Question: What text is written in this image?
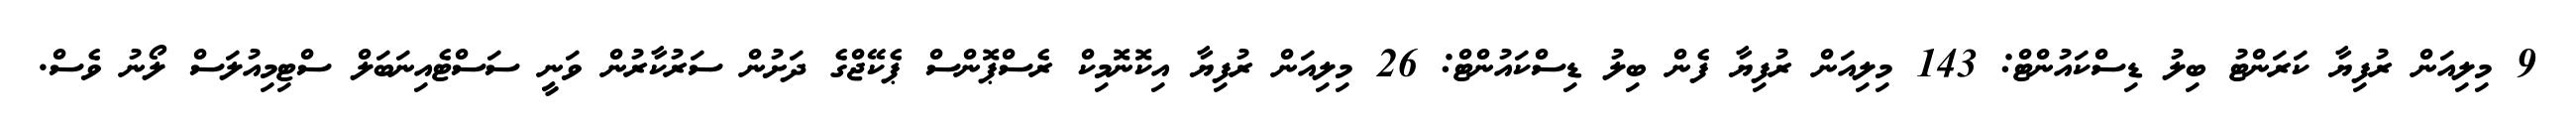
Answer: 9 މިލިއަން ރުފިޔާ ކަރަންޓު ބިލު ޑިސްކައުންޓް: 143 މިލިއަން ރުފިޔާ ފެން ބިލު ޑިސްކައުންޓް: 26 މިލިއަން ރުފިޔާ އިކޮނޮމިކް ރެސްޕޮންސް ޕެކޭޖްގެ ދަށުން ސަރުކާރުން ވަނީ ސަސްޓެއިނަބަލް ސްޓިމިއުލަސް ލޯނު ވެސް.